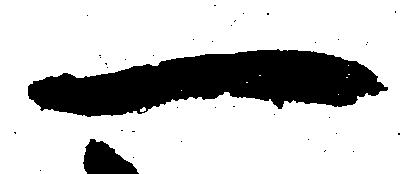
一